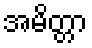
အမိတ္တာ